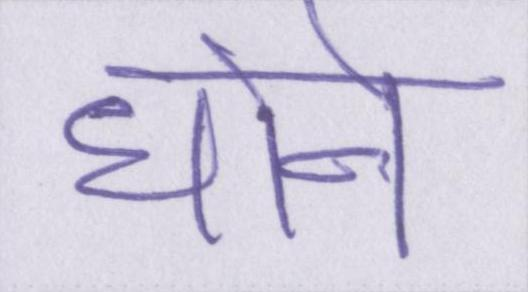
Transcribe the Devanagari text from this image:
धोने